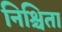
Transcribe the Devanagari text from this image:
निश्चिता